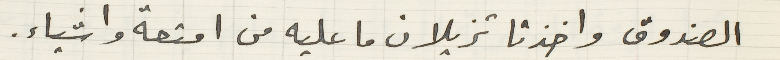
الصندوق واخذتا تزيلان ما عليه من امتعة واشياء.